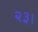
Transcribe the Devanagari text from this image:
२३।